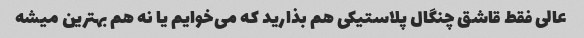
عالی فقط قاشق چنگال پلاستیکی هم بذارید که می‌خوایم یا نه هم بهترین میشه